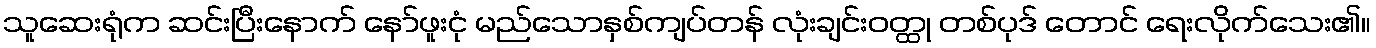
သူဆေးရုံက ဆင်းပြီးနောက် နော်ဖူးငုံ မည်သောနှစ်ကျပ်တန် လုံးချင်းဝတ္ထု တစ်ပုဒ် တောင် ရေးလိုက်သေး၏။